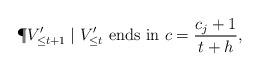
LaTeX: \begin{align*} \P{V'_{\le t+1}\mid V'_{\le t}\text{ ends in $c$}}=\frac{c_j+1}{t+h}, \end{align*}